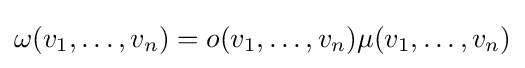
\omega (v_{1},\ldots ,v_{n})=o(v_{1},\ldots ,v_{n})\mu (v_{1},\ldots ,v_{n})